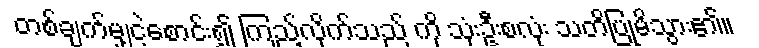
တစ်ချက်မျှငဲ့စောင်း၍ ကြည့်လိုက်သည် ကို သုံးဦးစလုံး သတိပြုမိသွား၏။